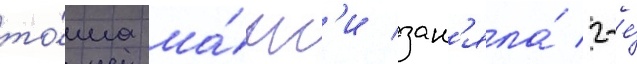
то́ма ма́нг'и зан'яла́ 2-е́